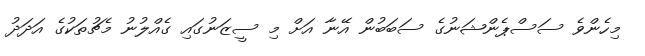
މިހެންވެ ސަސްޕެންޝަނުގެ ސަބަބުން އޭނާ އަށް މި ސީޒަނުގައި ގެއްލުނު މެޗުތަކުގެ އަދަދު